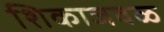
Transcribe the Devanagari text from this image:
शिकाजवळ